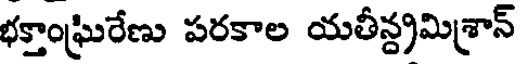
భక్తాంఘ్రిరేణు పరకాల యతీన్ద్రమిశ్రాన్